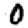
Digit: 0